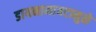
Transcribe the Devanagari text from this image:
डायनामायटामुळे